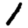
Digit: 1